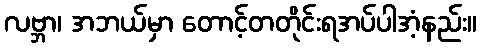
လဗ္ဘာ၊ အဘယ်မှာ တောင့်တတိုင်းရအပ်ပါအံ့နည်း။